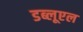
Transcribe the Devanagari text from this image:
डब्लूएल